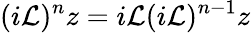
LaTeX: (i\mathcal{L})^{n}z=i\mathcal{L}(i\mathcal{L})^{n-1}z